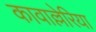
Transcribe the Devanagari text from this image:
कावाल्लेरिया